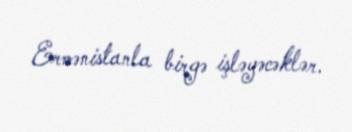
Ermənistanla birgə işləyəcəklər.